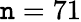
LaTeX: \mathtt{n}=71